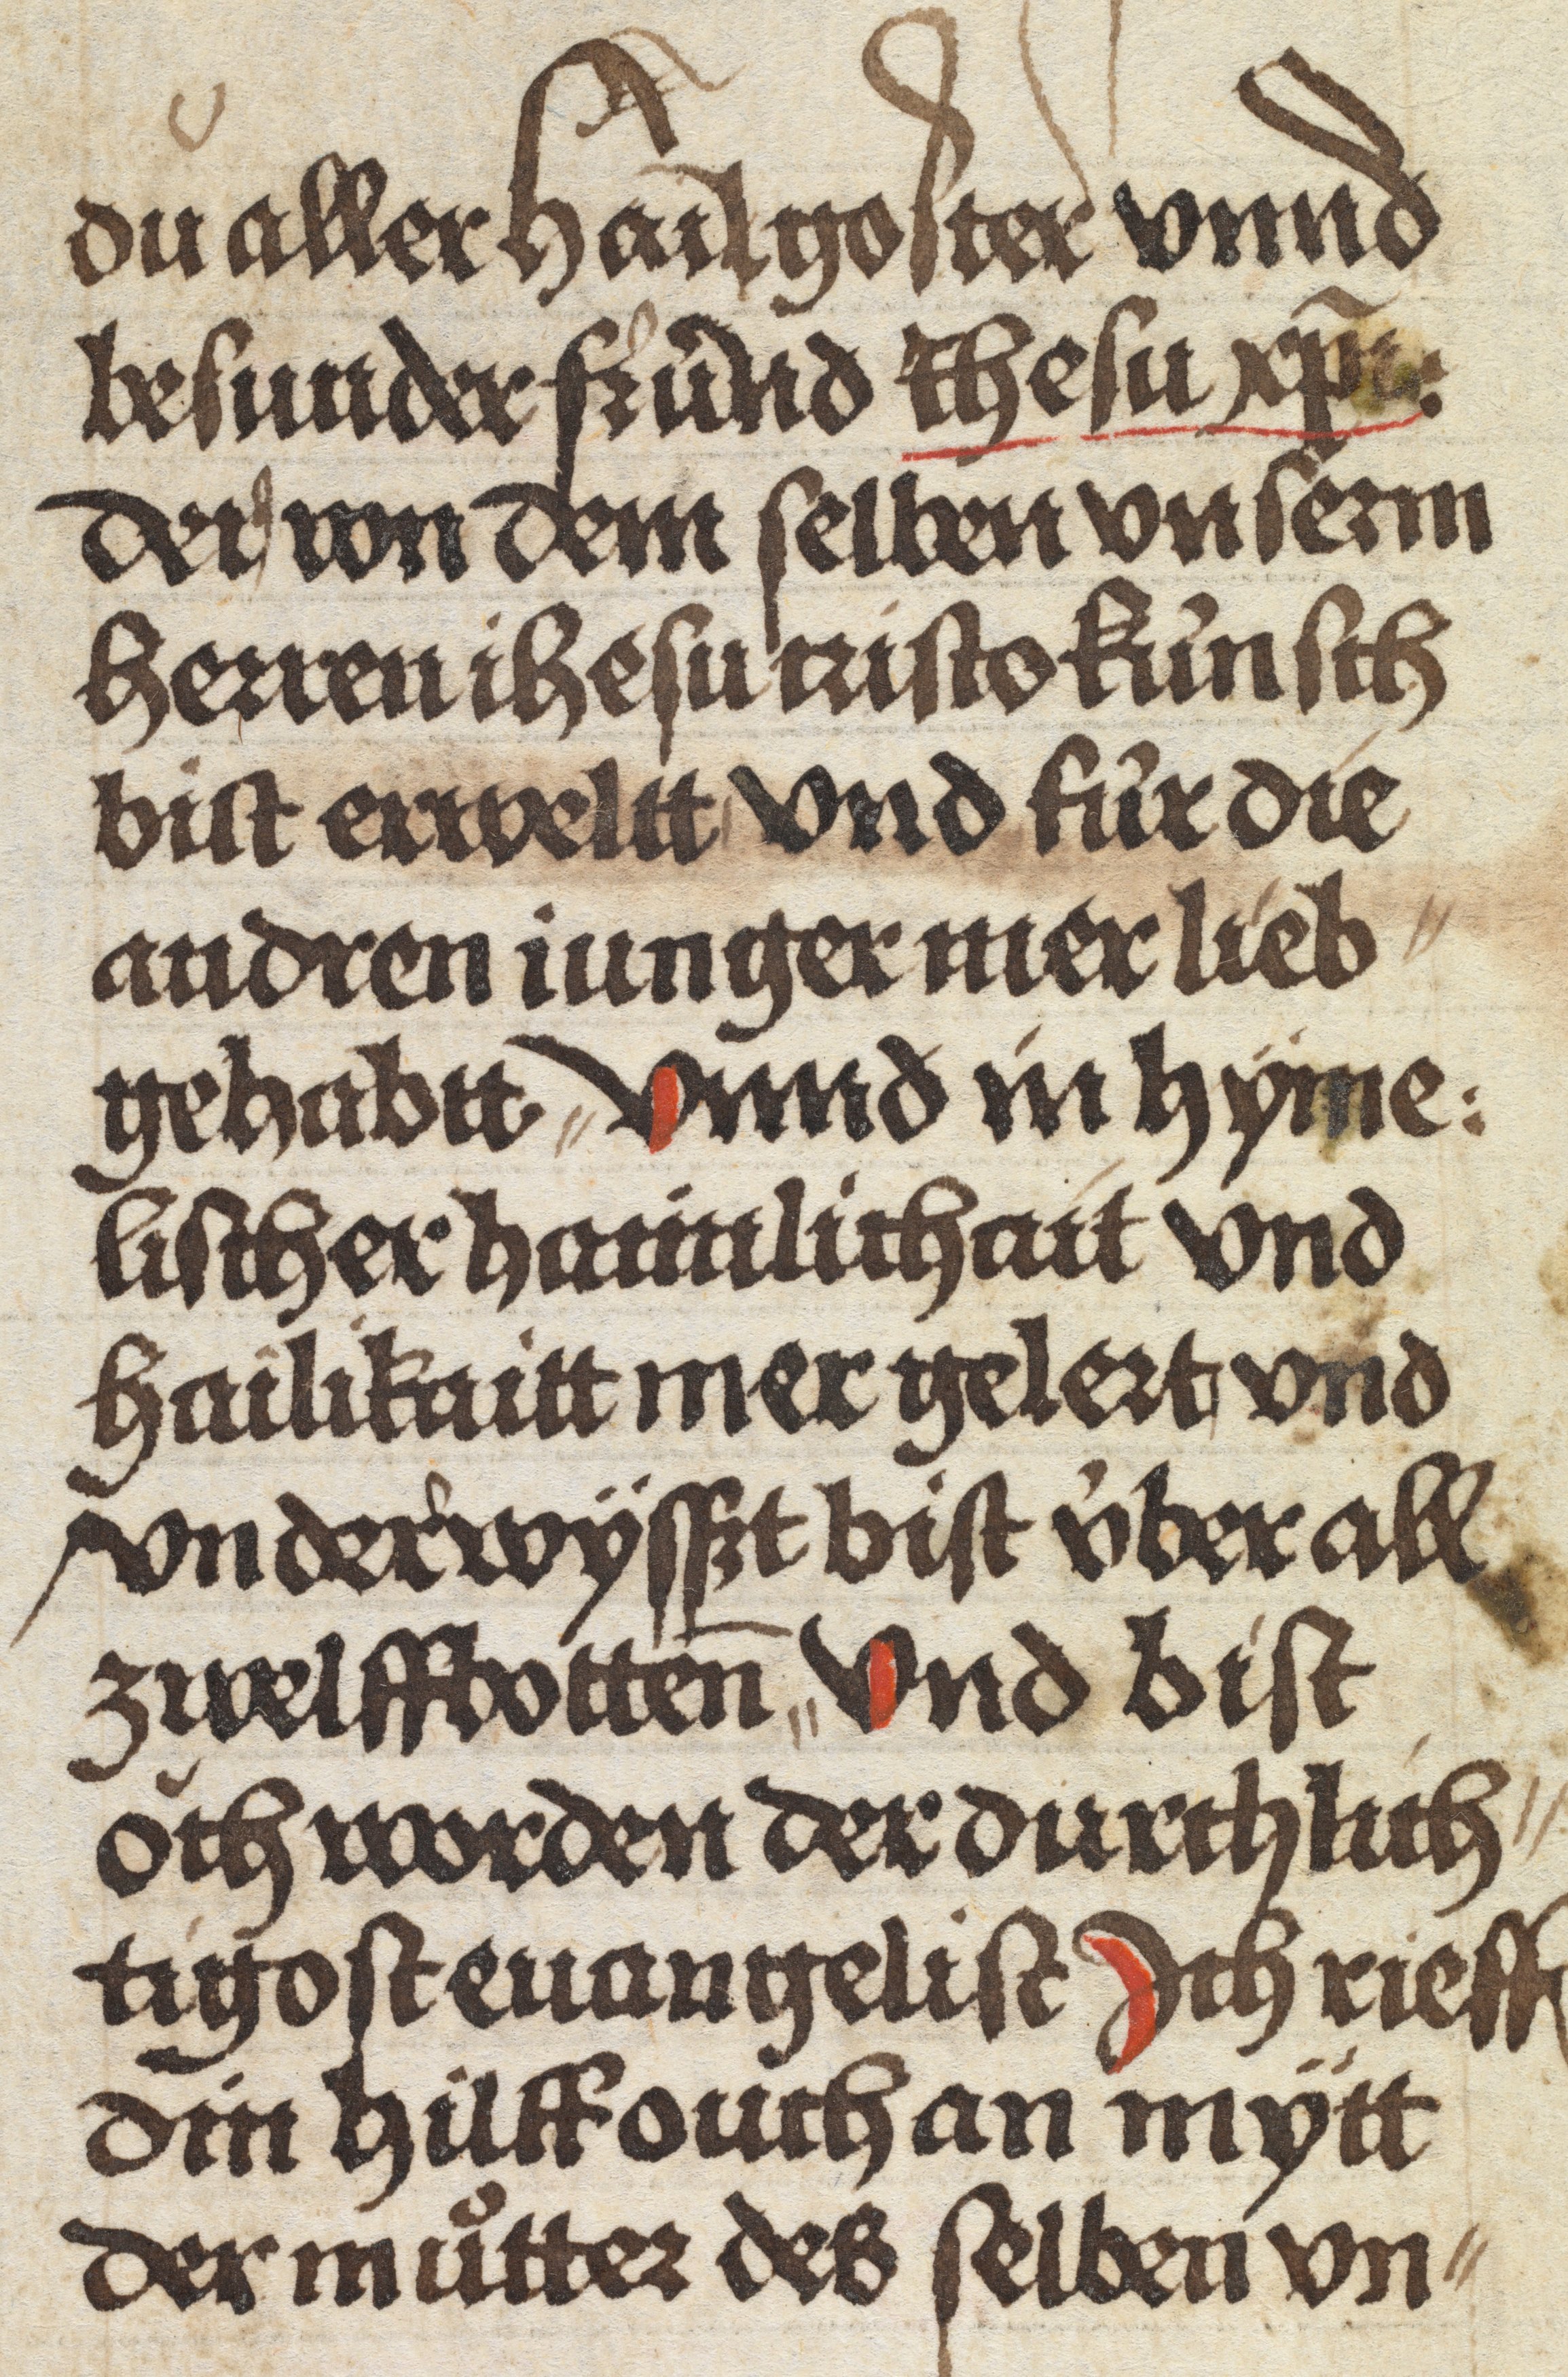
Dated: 1484–1485